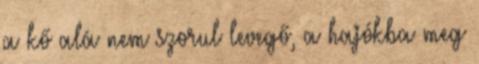
a kő alá nem szorul levegő, a hajókba meg